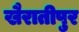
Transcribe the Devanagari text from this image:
खैरातीपुर